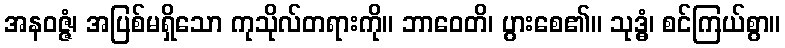
အနဝဇ္ဇံ၊ အပြစ်မရှိသော ကုသိုလ်တရားကို။ ဘာဝေတိ၊ ပွားစေ၏။ သုဒ္ဓံ၊ စင်ကြယ်စွာ။